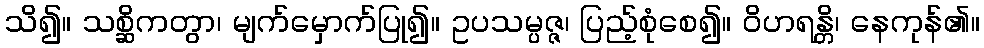
သိ၍။ သစ္ဆိကတွာ၊ မျက်မှောက်ပြု၍။ ဥပသမ္ပဇ္ဇ၊ ပြည့်စုံစေ၍။ ဝိဟရန္တိ၊ နေကုန်၏။